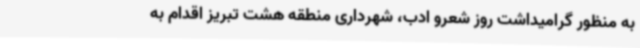
به منظور گرامیداشت روز شعرو ادب، شهرداری منطقه هشت تبریز اقدام به